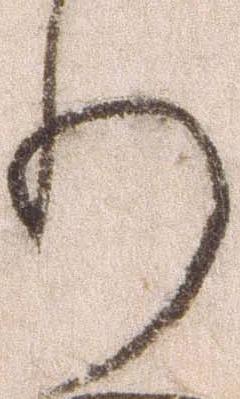
り